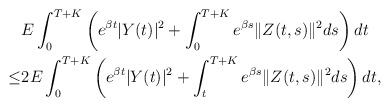
\begin{align*} &E\int_0^{T+K} \left(e^{\beta t}|Y(t)|^{2} + \int_0^{T+K} e^{\beta s}\|Z(t,s)\|^{2} ds \right) dt\\ \leq& 2E\int_0^{T+K} \left(e^{\beta t}|Y(t)|^{2} + \int_t^{T+K} e^{\beta s}\|Z(t,s)\|^{2} ds \right) dt,\end{align*}